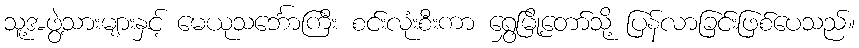
သူ့အဖွဲ့သားများနှင့် မေယုသင်္ဘောကြီး စင်းလုံးစီးကာ ရွှေမြို့တော်သို့ ပြန်လာခြင်းဖြစ်ပေသည်။